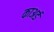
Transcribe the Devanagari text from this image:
काअर्ड